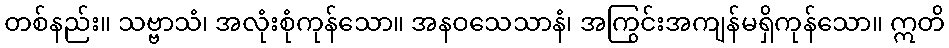
တစ်နည်း။ သဗ္ဗာသံ၊ အလုံးစုံကုန်သော။ အနဝသေသာနံ၊ အကြွင်းအကျန်မရှိကုန်သော။ ဣတိ